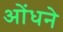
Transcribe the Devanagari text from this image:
ओंधने